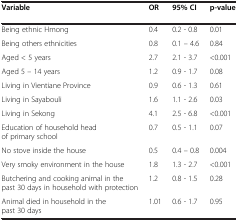
| Variable | OR | 95% CI | p-value |
 | --- | --- | --- | --- |
 | Being ethnic Hmong | 0.4 | 0.2 - 0.8 | 0.01 |
 | Being others ethnicities | 0.8 | 0.1 – 4.6 | 0.84 |
 | Aged < 5 years | 2.7 | 2.1 - 3.7 | <0.001 |
 | Aged 5 – 14 years | 1.2 | 0.9 - 1.7 | 0.08 |
 | Living in Vientiane Province | 0.9 | 0.6 - 1.3 | 0.61 |
 | Living in Sayabouli | 1.6 | 1.1 - 2.6 | 0.03 |
 | Living in Sekong | 4.1 | 2.5 - 6.8 | <0.001 |
 | Education of household head of primary school | 0.7 | 0.5 - 1.1 | 0.07 |
 | No stove inside the house | 0.5 | 0.4 – 0.8 | 0.004 |
 | Very smoky environment in the house | 1.8 | 1.3 - 2.7 | <0.001 |
 | Butchering and cooking animal in the past 30 days in household with protection | 1.2 | 0.8 - 1.5 | 0.28 |
 | Animal died in household in the past 30 days | 1.01 | 0.6 - 1.7 | 0.95 |